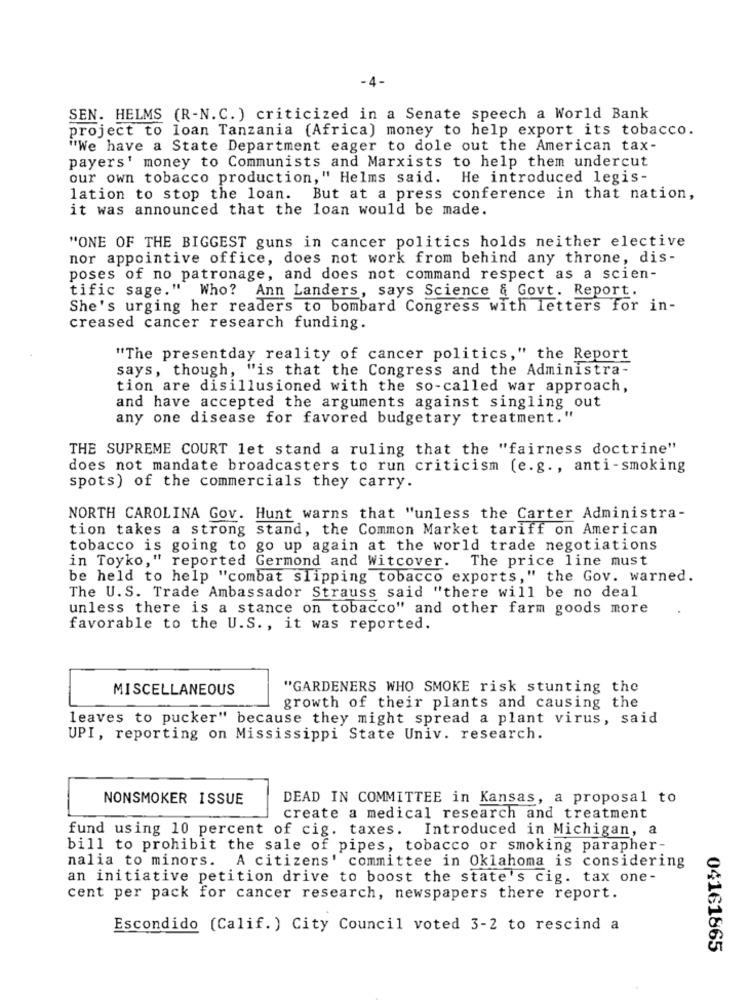
-4-
SEN. HELMS (R-N.C. ) criticized in a Senate speech a World Bank
project to loan Tanzania (Africa) money to help export its tobacco.
"We have a State Department eager to dole out the American tax-
payers' money to Communists and Marxists to help them undercut
our own tobacco production," Helms said. He introduced legis-
lation to stop the loan.
But at a press conference in that nation,
it was announced that the loan would be made.
"ONE OF THE BIGGEST guns in cancer politics holds neither elective
nor appointive office, does not work from behind any throne, dis-
poses of no patronage, and does not command respect as a scien-
tific sage." Who? Ann Landers, says Science & Govt. Report.
She's urging her readers to bombard Congress with letters for in-
creased cancer research funding.
"The presentday reality of cancer politics," the Report
says, though, "is that the Congress and the Administra-
tion are disillusioned with the so-called war approach,
and have accepted the arguments against singling out
any one disease for favored budgetary treatment."
THE SUPREME COURT let stand a ruling that the "fairness doctrine"
does not mandate broadcasters to run criticism (e.g ., anti-smoking
spots) of the commercials they carry.
NORTH CAROLINA Gov. Hunt warns that "unless the Carter Administra-
tion takes a strong stand, the Common Market tariff on American
tobacco is going to go up again at the world trade negotiations
in Toyko," reported Germond and Witcover. The price line must
be held to help "combat slipping tobacco exports," the Gov. warned.
The U.S. Trade Ambassador Strauss said "there will be no deal
unless there is a stance on tobacco" and other farm goods more
favorable to the U.S ., it was reported.
MISCELLANEOUS
"GARDENERS WHO SMOKE risk stunting the
growth of their plants and causing the
leaves to pucker" because they might spread a plant virus, said
UPI, reporting on Mississippi State Univ. research.
NONSMOKER ISSUE
DEAD IN COMMITTEE in Kansas, a proposal to
create a medical research and treatment
fund using 10 percent of cig. taxes. Introduced in Michigan, a
bill to prohibit the sale of pipes, tobacco or smoking parapher-
nalia to minors. A citizens' committee in Oklahoma is considering
an initiative petition drive to boost the state's cig. tax one-
cent per pack for cancer research, newspapers there report.
Escondido (Calif.) City Council voted 3-2 to rescind a
04161865